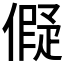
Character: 𬿬